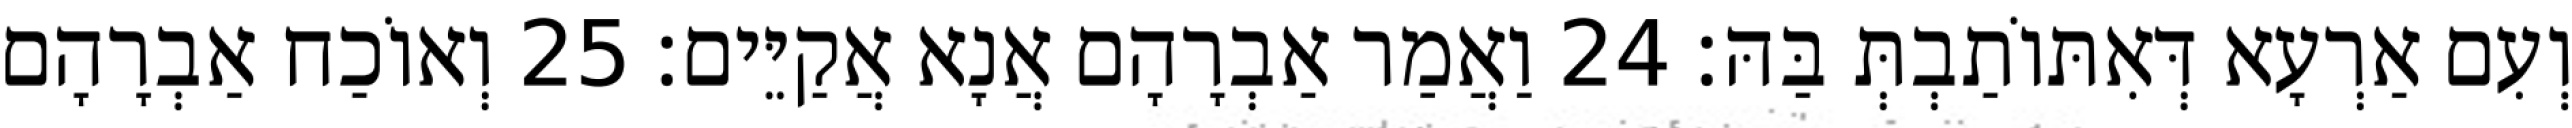
וְעִם אַרְעָא דְּאִתּוֹתַבְתְּ בַּהּ׃ 24 וַאֲמַר אַבְרָהָם אֲנָא אֲקַיֵּים׃ 25 וְאוֹכַח אַבְרָהָם